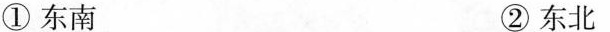
①东南 ②东北